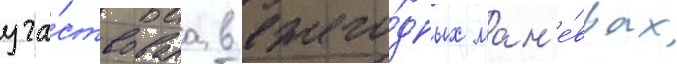
уча́ствовала в ежего́дных ман'е́врах